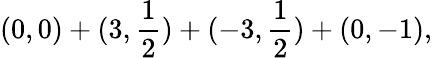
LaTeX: (0,0)+(3,\frac{1}{2})+(-3,\frac{1}{2})+(0,-1),